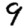
Digit: 9